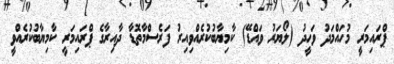
ޕްރައިމަރީ މުހައްމަދު ވަހީދު (ލޯޔަރު ވައްޑޭ) ކާމިޔާބުކުރެއްވިއިރު ފަރެސްމާތޮޑާ ދާއިރާގެ ޕްރައިމަރީ ކާމިޔާބުކުރެއްވީ